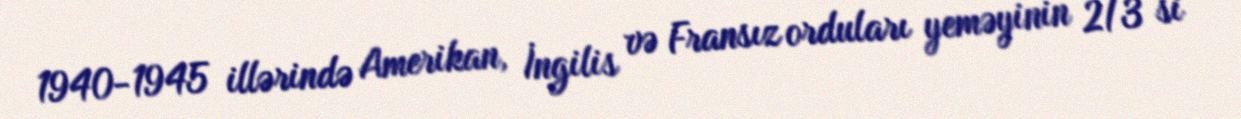
1940-1945 illərində Amerikan, İngilis və Fransız orduları yeməyinin 2/3 si